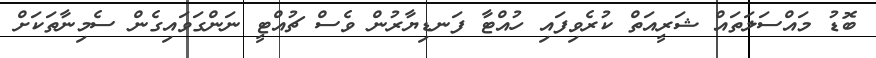
ބޮޑު މައްސަލަތައް ޝަރީއަތް ކުރެވިފައި ހުއްޓާ ފަނޑިޔާރުން ވެސް ޗުއްޓީ ނަންގަވައިގެން ސެމިނާތަކަށް